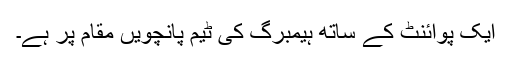
ایک پوائنٹ کے ساتھ ہیمبرگ کی ٹیم پانچویں مقام پر ہے۔